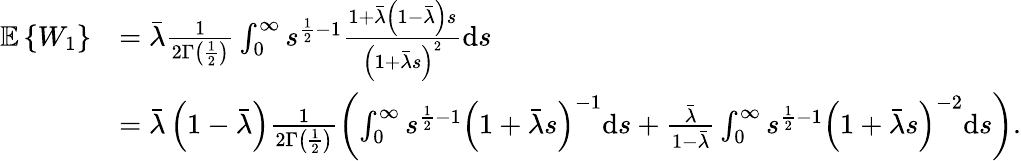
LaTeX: \begin{array}{rl}{\mathbb{E}\left\{ W_{1}\right\} }&{=\bar{\lambda}\frac{1}{2\Gamma\left(\frac{1}{2}\right)}\int_{0}^{\infty}s^{\frac{1}{2}-1}\frac{1+\bar{\lambda}\left(1-\bar{\lambda}\right)s}{\left(1+\bar{\lambda}s\right)^{2}}\mathrm{d}s}\\ &{=\bar{\lambda}\left(1-\bar{\lambda}\right)\frac{1}{2\Gamma\left(\frac{1}{2}\right)}\left(\int_{0}^{\infty}s^{\frac{1}{2}-1}\left(1+\bar{\lambda}s\right)^{-1}\mathrm{d}s+\frac{\bar{\lambda}}{1-\bar{\lambda}}\int_{0}^{\infty}s^{\frac{1}{2}-1}\left(1+\bar{\lambda}s\right)^{-2}\mathrm{d}s\right).}\end{array}